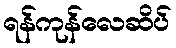
ရန်ကုန်လေဆိပ်